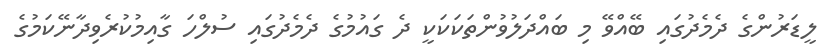
ލީޑަރުންގެ ދެމެދުގައި ބޭއްވޭ މި ބައްދަލުވުންތަކަކަކީ ދެ ގައުމުގެ ދެމެދުގައި ސުލްހަ ގާއިމުކުރެވިދާނޭކަމުގެ